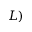
L )